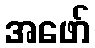
အဖော်